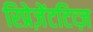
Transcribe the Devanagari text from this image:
रिप्रेज़ेंटटिव्ज़